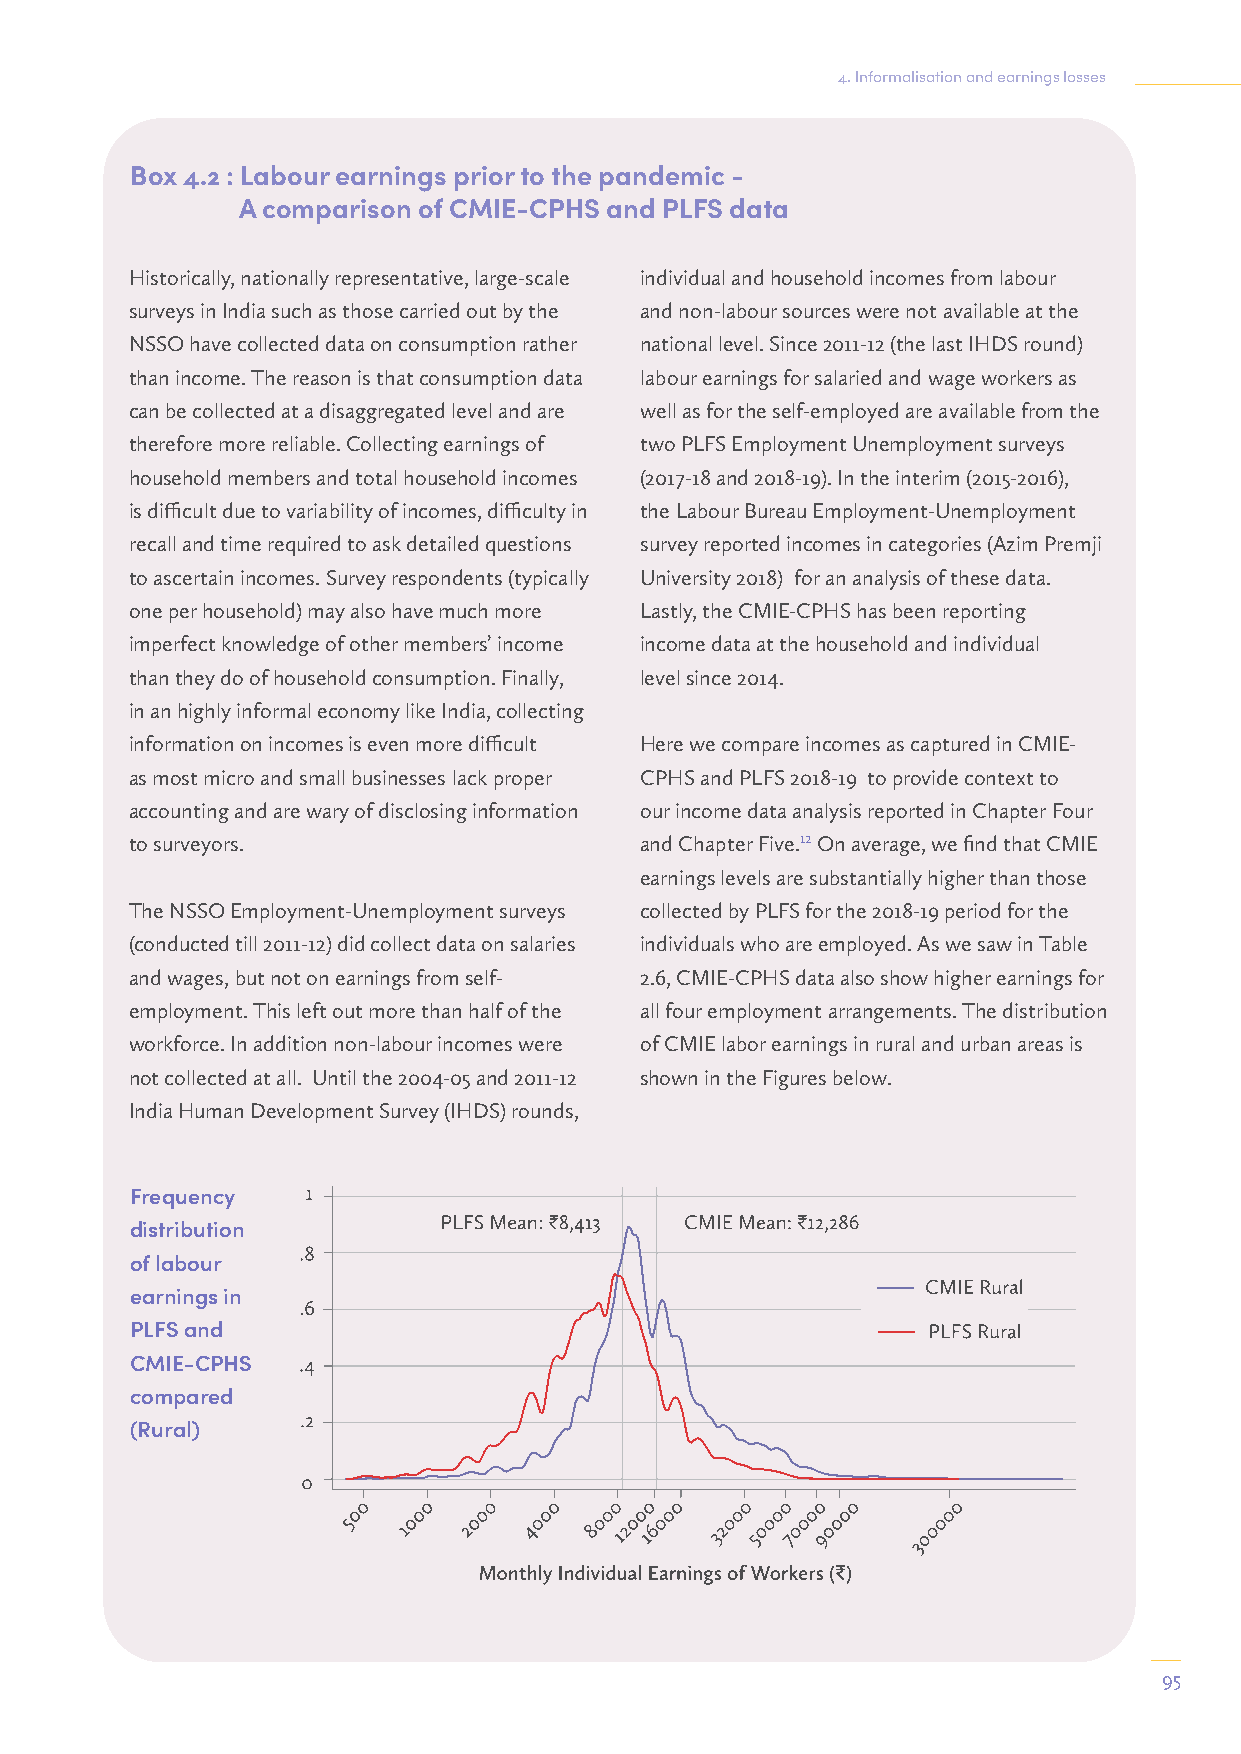
4. Informalisation and earnings losses
 Box 4.2 : Labour earnings prior to the pandemic -
 A comparison of CMIE-CPHS and PLFS data
 Historically, nationally representative, large-scale individual and household incomes from labour
 surveys in India such as those carried out by the and non-labour sources were not available at the
 NSSO have collected data on consumption rather national level. Since 2011-12 (the last IHDS round)
 than income. The reason is that consumption data labour earnings for salaried and wage workers as
 can be collected at a disaggregated level and are well as for the self-employed are available from the
 therefore more reliable. Collecting earnings of two PLFS Employment Unemployment surveys
 household members and total household incomes (2017-18 and 2018-19). In the interim (2015-2016),
 is difficult due to variability of incomes, difficulty in the Labour Bureau Employment-Unemployment
 recall and time required to ask detailed questions survey reported incomes in categories (Azim Premji
 to ascertain incomes. Survey respondents (typically University 2018) for an analysis of these data.
 one per household) may also have much more Lastly, the CMIE-CPHS has been reporting
 imperfect knowledge of other members’ income income data at the household and individual
 than they do of household consumption. Finally, level since 2014.
 in an highly informal economy like India, collecting
 information on incomes is even more difficult Here we compare incomes as captured in CMIE-
 as most micro and small businesses lack proper CPHS and PLFS 2018-19 to provide context to
 accounting and are wary of disclosing information our income data analysis reported in Chapter Four
 to surveyors.                    and Chapter Five.12 On average, we find that CMIE
 earnings levels are substantially higher than those
 The NSSO Employment-Unemployment surveys collected by PLFS for the 2018-19 period for the
 (conducted till 2011-12) did collect data on salaries individuals who are employed. As we saw in Table
 and wages, but not on earnings from self- 2.6, CMIE-CPHS data also show higher earnings for
 employment. This left out more than half of the all four employment arrangements. The distribution
 workforce. In addition non-labour incomes were of CMIE labor earnings in rural and urban areas is
 not collected at all. Until the 2004-05 and 2011-12 shown in the Figures below.
 India Human Development Survey (IHDS) rounds,
 Frequency
 distribution
 of labour
 earnings in
 PLFS and
 CMIE-CPHS
 compared
 (Rural)
 95